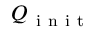
Q _ { \mathrm { ~ i ~ n ~ i ~ t ~ } }